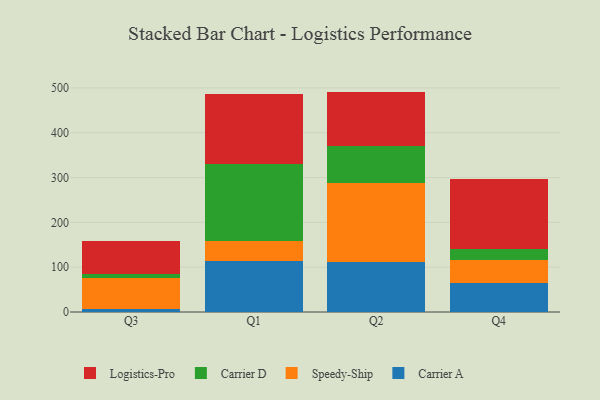
{"axis": {"x": "Quarter", "y": "Net Income (USD K)"}, "legend": ["Carrier A", "Carrier D", "Logistics-Pro", "Speedy-Ship"], "data": [{"x": "Q3", "y": 7.1, "type": "Carrier A"}, {"x": "Q3", "y": 68.0, "type": "Speedy-Ship"}, {"x": "Q3", "y": 9.4, "type": "Carrier D"}, {"x": "Q3", "y": 73.9, "type": "Logistics-Pro"}, {"x": "Q1", "y": 114.3, "type": "Carrier A"}, {"x": "Q1", "y": 44.0, "type": "Speedy-Ship"}, {"x": "Q1", "y": 171.5, "type": "Carrier D"}, {"x": "Q1", "y": 155.7, "type": "Logistics-Pro"}, {"x": "Q2", "y": 112.4, "type": "Carrier A"}, {"x": "Q2", "y": 174.6, "type": "Speedy-Ship"}, {"x": "Q2", "y": 84.3, "type": "Carrier D"}, {"x": "Q2", "y": 120.5, "type": "Logistics-Pro"}, {"x": "Q4", "y": 64.0, "type": "Carrier A"}, {"x": "Q4", "y": 52.2, "type": "Speedy-Ship"}, {"x": "Q4", "y": 23.6, "type": "Carrier D"}, {"x": "Q4", "y": 158.1, "type": "Logistics-Pro"}]}